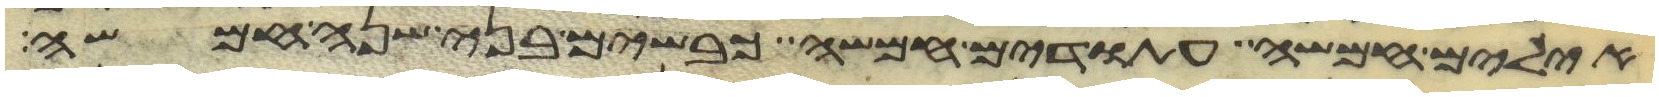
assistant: אילים חמשה עתודים חמשה כבשים בני שנה חמשה